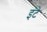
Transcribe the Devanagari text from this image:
इंटे